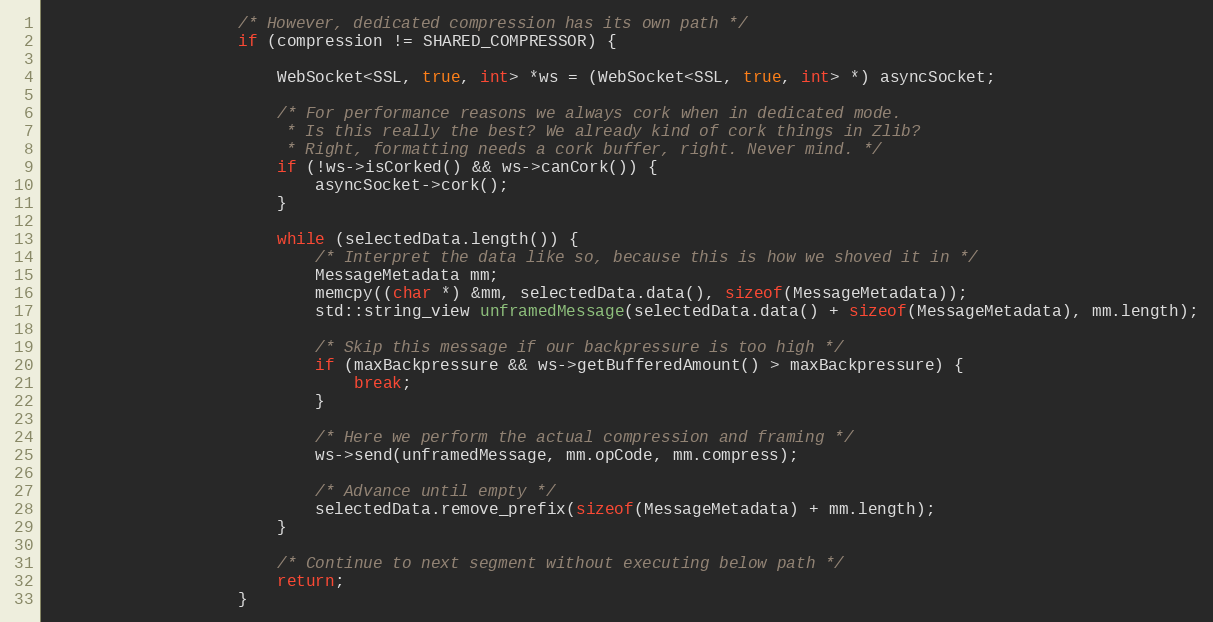
Language: C
                    /* However, dedicated compression has its own path */
                    if (compression != SHARED_COMPRESSOR) {

                        WebSocket<SSL, true, int> *ws = (WebSocket<SSL, true, int> *) asyncSocket;

                        /* For performance reasons we always cork when in dedicated mode.
                         * Is this really the best? We already kind of cork things in Zlib?
                         * Right, formatting needs a cork buffer, right. Never mind. */
                        if (!ws->isCorked() && ws->canCork()) {
                            asyncSocket->cork();
                        }

                        while (selectedData.length()) {
                            /* Interpret the data like so, because this is how we shoved it in */
                            MessageMetadata mm;
                            memcpy((char *) &mm, selectedData.data(), sizeof(MessageMetadata));
                            std::string_view unframedMessage(selectedData.data() + sizeof(MessageMetadata), mm.length);

                            /* Skip this message if our backpressure is too high */
                            if (maxBackpressure && ws->getBufferedAmount() > maxBackpressure) {
                                break;
                            }

                            /* Here we perform the actual compression and framing */
                            ws->send(unframedMessage, mm.opCode, mm.compress);

                            /* Advance until empty */
                            selectedData.remove_prefix(sizeof(MessageMetadata) + mm.length);
                        }

                        /* Continue to next segment without executing below path */
                        return;
                    }